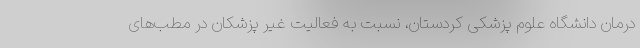
درمان دانشگاه علوم پزشکی کردستان، نسبت به فعالیت غیر پزشکان در مطب‌های